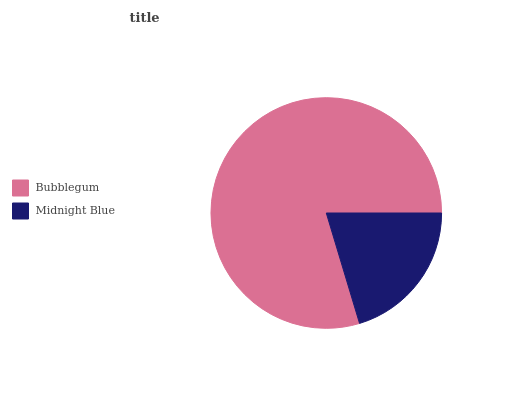
| Bubblegum | Midnight Blue |
 | --- | --- |
 | 79.6% | 20.4% |